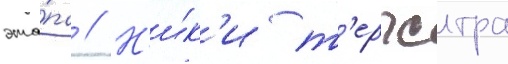
эта́па // Н'и́к'и т'ерпстра